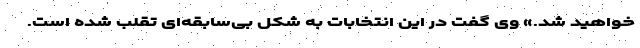
خواهید شد.» وی گفت در این انتخابات به شکل بی‌سابقه‌ای تقلب شده است.